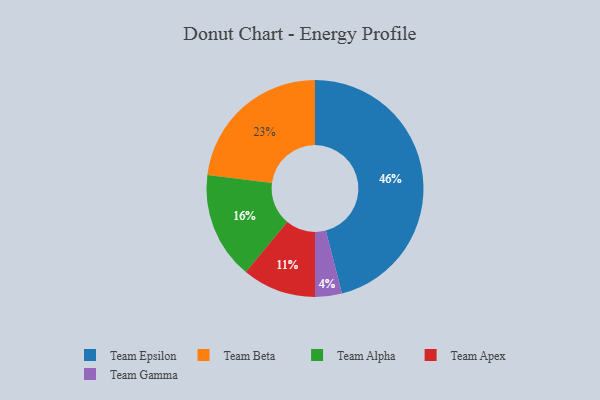
{"axis": {"x": "Category", "y": "Percentage"}, "legend": ["Team Alpha", "Team Apex", "Team Beta", "Team Epsilon", "Team Gamma"], "data": [{"x": "Team Gamma", "y": 4, "type": "Team Gamma"}, {"x": "Team Epsilon", "y": 46, "type": "Team Epsilon"}, {"x": "Team Alpha", "y": 16, "type": "Team Alpha"}, {"x": "Team Beta", "y": 23, "type": "Team Beta"}, {"x": "Team Apex", "y": 11, "type": "Team Apex"}]}